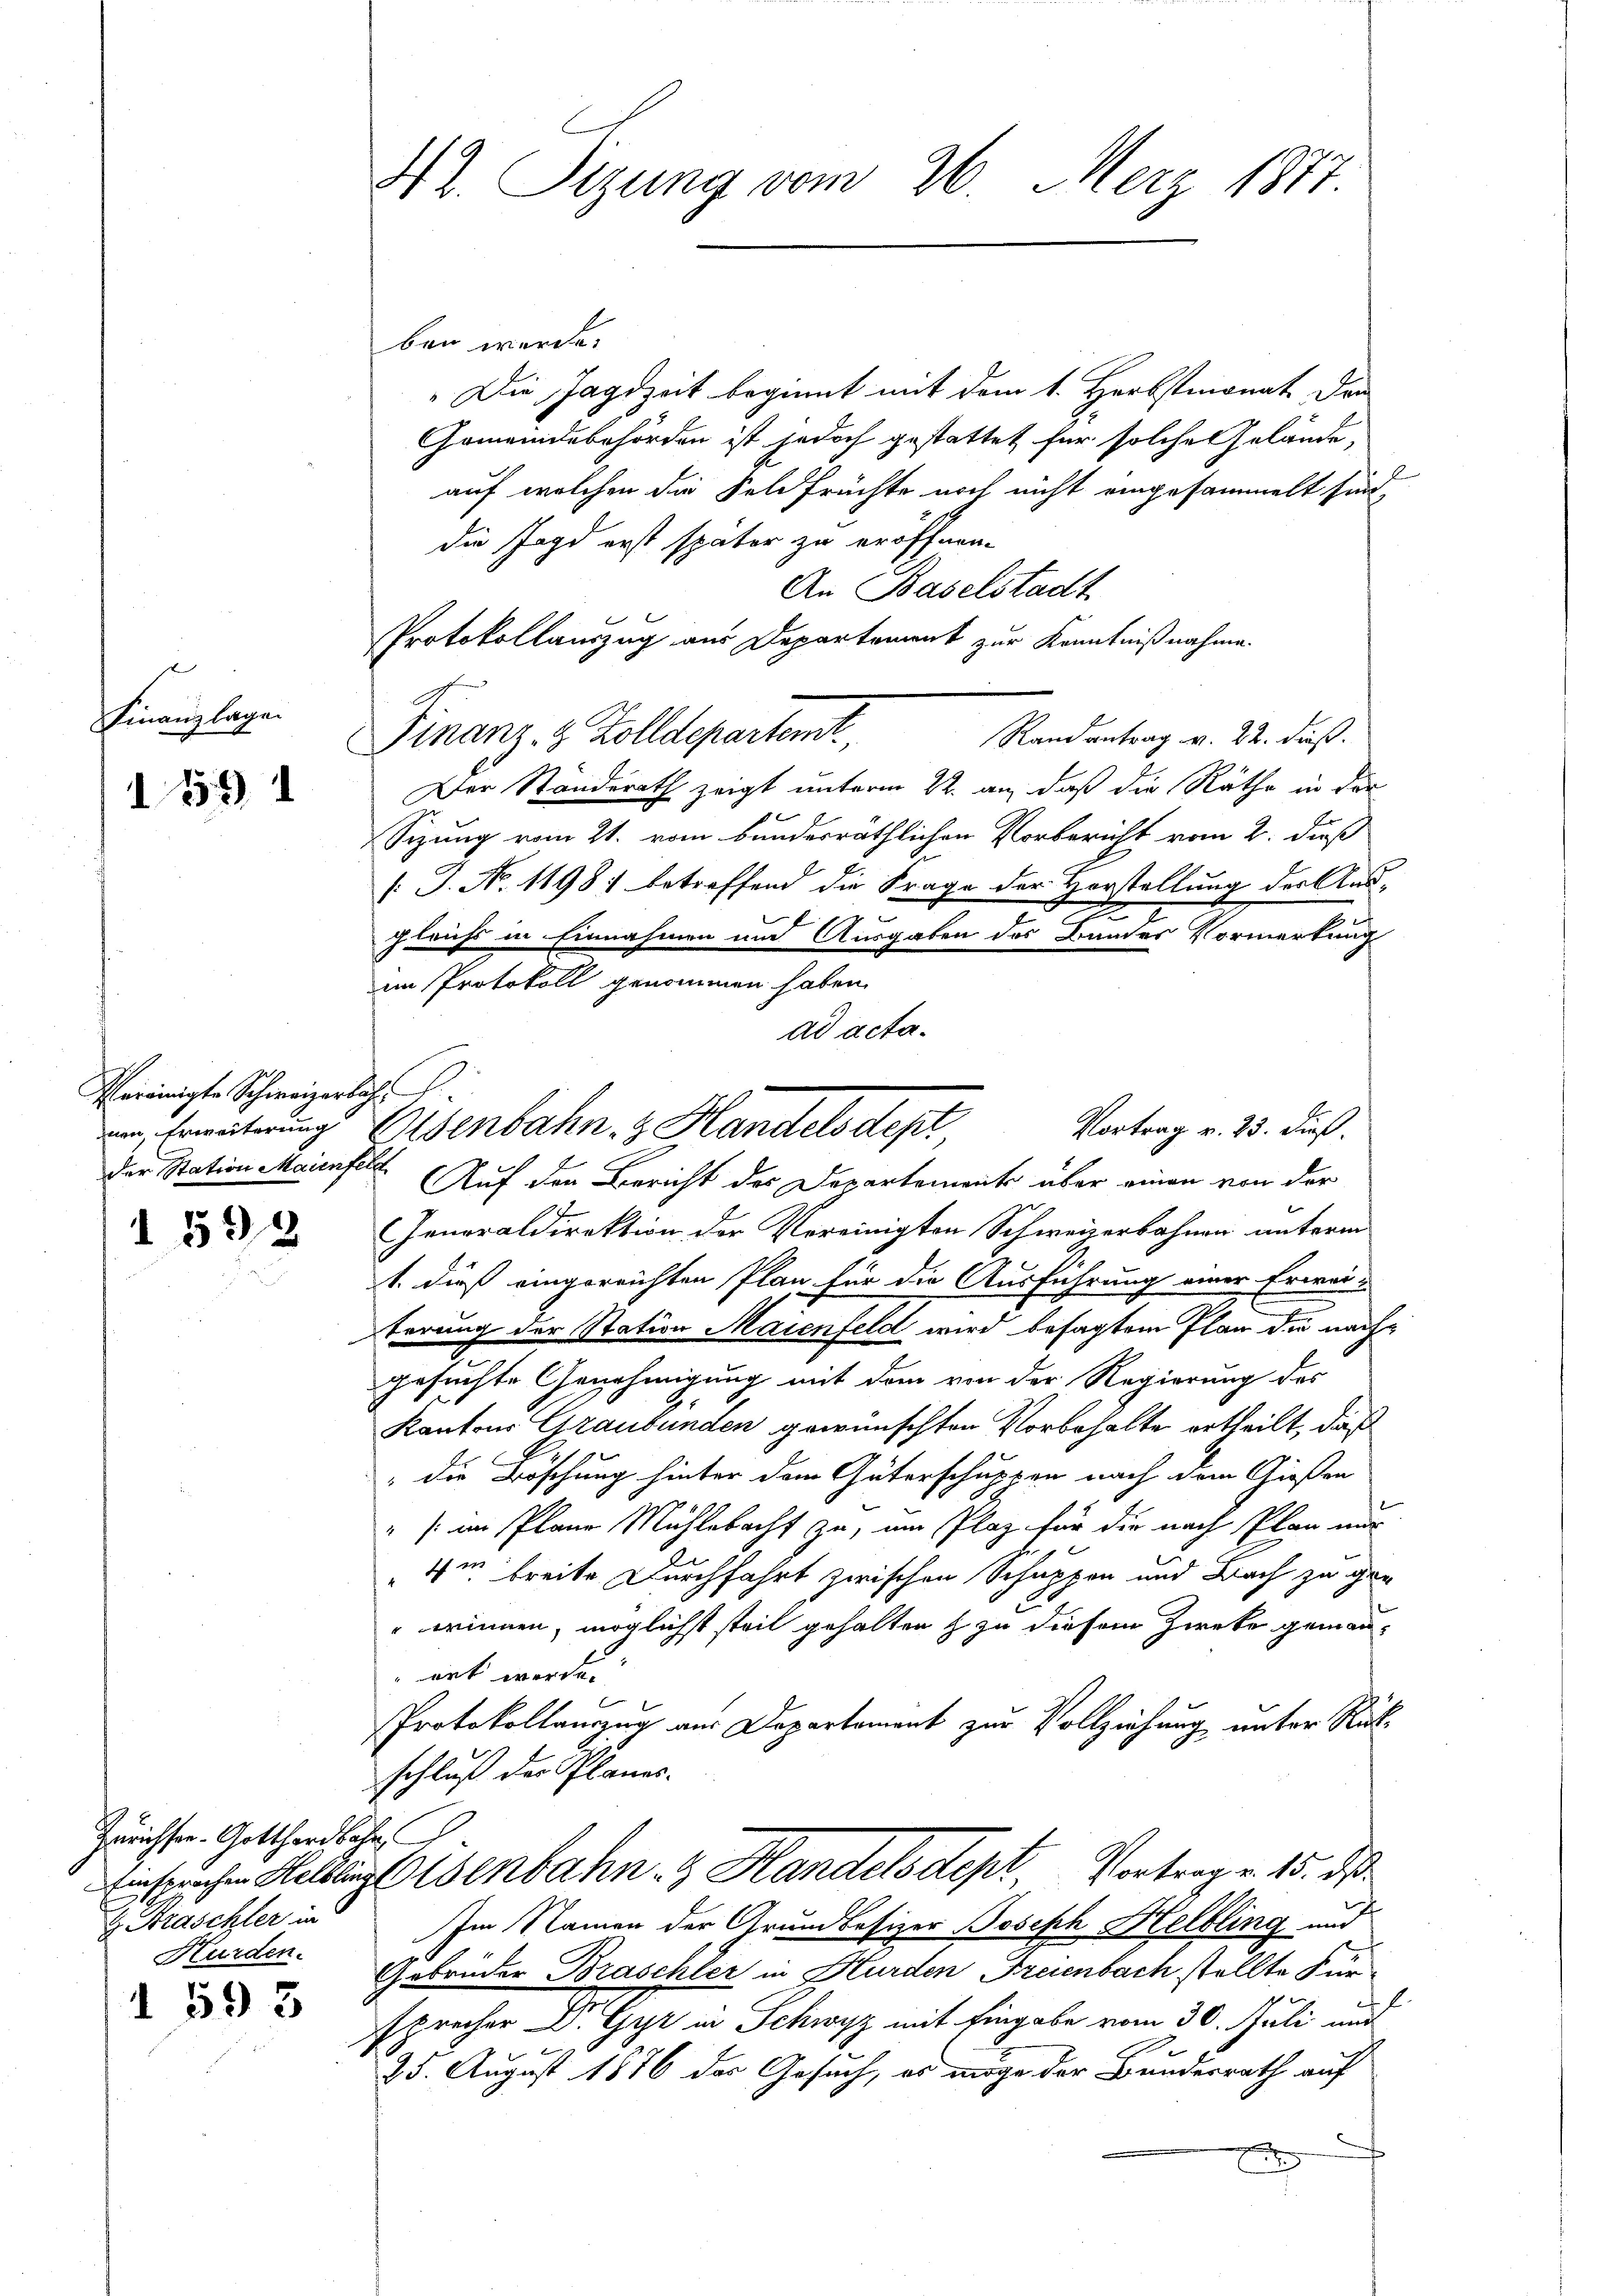
Finanzlagen

12

Thereinigte Schweizerlich
nen, Erweiterung
der Station Maienfeld

592

Zürichter- Gotthardbahn
 Straschler in
Hurden.

593

Hr. Sizung vom 26. Merz 1877

ben werde.
"Die Jagdzeit beginnt mit dem 1. Herbstmonat den
Gemeindebehörden ist jedoch gestattet für solche Gelände,
auf welchen die Feldfrüchte noch nicht eingesammelt sind,
die Jagd erst später zu eröffnen.
An Baselstadt
Protokollauszug aus Departement zur Kenntnißnahme.
Finanz- & Zolldepartemt,
Randantrag v. 22. daß.
Der Standerath zeigt unterm 22. an, daß die Räthe in der
Sizung vom 21. vom bundesräthlichen Vorbericht vom 2. dieß
/. J. No. 11981 betreffend die Frage der Vorstellung der Ausgleichs in Einnahmen und Ausgaben des Bandes Vormerkung
im Protokoll genommen haben.
ad acta¬
Auf den Bericht des Departements über einen von der
Generaldirektion der Vereinigten Schweizerbahnen unterm
1. dieß eingereichten Plan für die Ausführung einer Erwarterung der Station Maienfeld wird besagtem Plan die nachgesuchte Genehmigung mit dem von der Regierung des
Kantons Graubünden gewünschten Vorbehalte ertheilt, daß
" die Böschung hinter dem Güterschuppen nach dem Gießen
" im Plane Mühlebacht zu, um Plaz für die nach Plan mir
4m breite Durchfahrt zwischen Schuppen und Bach zu gre
rinnen, möglichst steil gehalten zu diesem Zwecke gemanert werde.
Protokollauszug aus Departement zur Vollziehung unter Rückschluß der Planes.
Einsprechen Helblingt Osenbahn- & Handels dept Vortrag v. 15. ds.
Im Namen der Grundbesizer Joseph Helbling und
Gebrüder Braschler in Hurden Freienbach stellte Fürl.
sprecher Dr. Gyr in Schwyz mit Eingabe vom 30. Juli mit
25. August 1876 des Gesuch, es möge der Bundesrath auf
f
d

Vortrag v. 23. dieß.
Osenbahn.  Handels dest